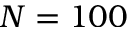
N = 1 0 0